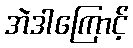
အဲဒါကြောင့်